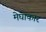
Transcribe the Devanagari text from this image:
मेघाकार